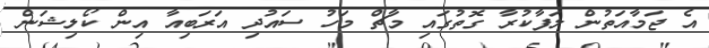
އެ ޖަމާއަތުން ލަފާކުރާ ގޮތުގައި މާޗް މަހު ސައުދި އަރަބިއާ އިން ކޯލިޝަން